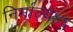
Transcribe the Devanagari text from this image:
निर्माल्य४६